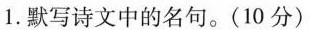
1.默写诗文中的名句。(10分)